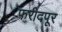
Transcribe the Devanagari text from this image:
फरीदपूर